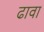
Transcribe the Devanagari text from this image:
ढावा